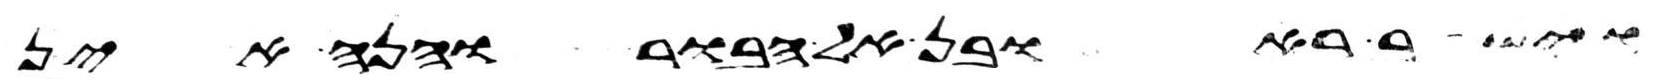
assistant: וישב ראובן אל הבור והנה אין